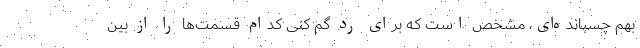
بهم چسبانده‌ای، مشخص است که برای رد گم کنی کدام قسمت‌ها را از بین